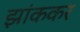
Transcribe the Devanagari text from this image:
झांककर